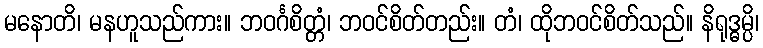
မနောတိ၊ မနဟူသည်ကား။ ဘဝင်္ဂစိတ္တံ၊ ဘဝင်စိတ်တည်း။ တံ၊ ထိုဘဝင်စိတ်သည်။ နိရုဒ္ဓမ္ပိ၊